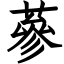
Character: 蔘